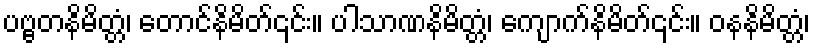
ပဗ္ဗတနိမိတ္တံ၊ တောင်နိမိတ်၎င်း။ ပါသာဏနိမိတ္တံ၊ ကျောက်နိမိတ်၎င်း။ ဝနနိမိတ္တံ၊